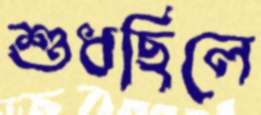
শুধছিলে